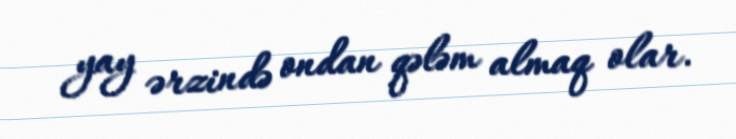
yay ərzində ondan qələm almaq olar.